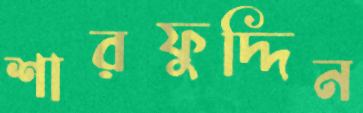
শারফুদ্দিন